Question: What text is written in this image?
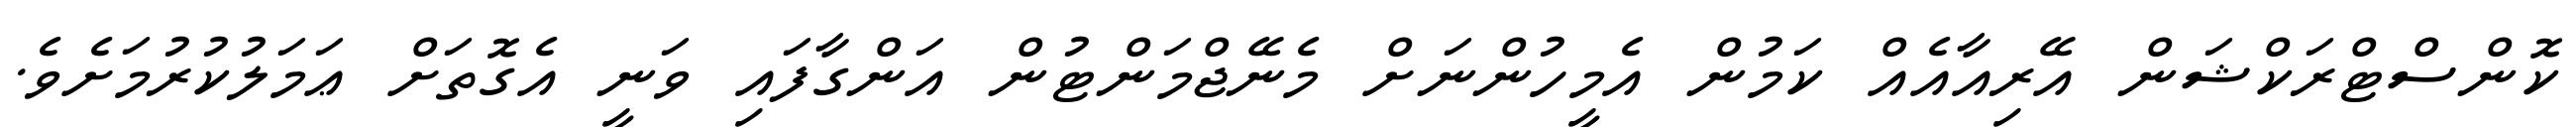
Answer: ކޮންސްޓްރަކްޝަން އޭރިއާއެއް ކަމުން އެމީހުންނަށް މެނޭޖްމަންޓުން އަންގާފައި ވަނީ އެގޮތަށް ޢަމަލުކުރުމަށެވެ.